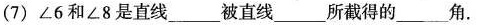
(7) ∠6和∠8是直线___被直线___所截得的___角.